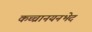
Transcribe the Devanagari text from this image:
कच्चानयनभेद